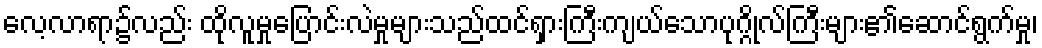
လေ့လာရာ၌လည်း ထိုလူမှုပြောင်းလဲမှုများသည်ထင်ရှားကြီးကျယ်သောပုဂ္ဂိုလ်ကြီးများ၏ဆောင်ရွက်မှု၊